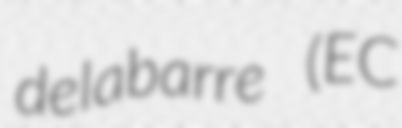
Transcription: delabarre (EC